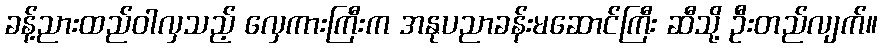
ခန့်ညားထည်ဝါလှသည့် လှေကားကြီးက အနုပညာခန်းမဆောင်ကြီး ဆီသို့ ဦးတည်လျက်။